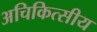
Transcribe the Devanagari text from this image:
अचिकित्सीय